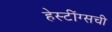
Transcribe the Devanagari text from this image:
हेस्टींग्सची